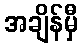
အချိန်မှီ